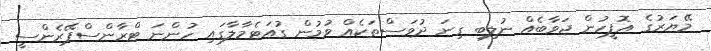
މޭޔަރުގެ އޮފީހުން ޖަވާބެއް ނުލިބި ގިނަ ދުވަސްތަކެއް ވުމުން ގުއަޓެމާލާގައި ހުންނަ ޓްރާންސްޕޭރެންސީ